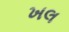
ખલ